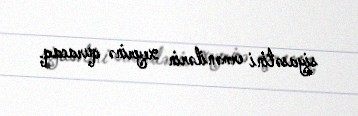
siyasətini ermənilərin xeyrinə quracaq.